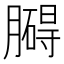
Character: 𦡡